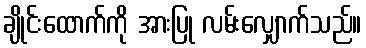
ချိုင်းထောက်ကို အားပြု လမ်းလျှောက်သည်။